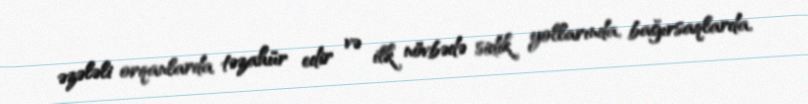
əzələli orqanlarda təzahür edir və ilk növbədə sidik yollarında, bağırsaqlarda,